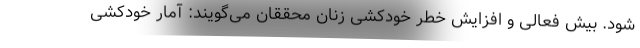
شود. بیش فعالی و افزایش خطر خودکشی زنان محققان می‌گویند: آمار خودکشی